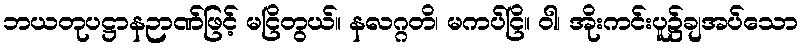
ဘယတုပဋ္ဌာနဉာဏ်ဖြင့် မငြိတွယ်။ နလဂ္ဂတိ၊ မကပ်ငြိ။ ဝါ၊ အိုးကင်းပူ၌ချအပ်သော